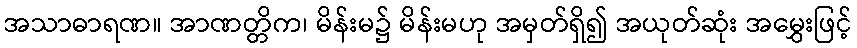
အသာဓာရဏ။ အာဏတ္တိက၊ မိန်းမ၌ မိန်းမဟု အမှတ်ရှိ၍ အယုတ်ဆုံး အမွှေးဖြင့်